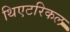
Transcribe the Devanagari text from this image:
थिएटरिकल